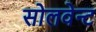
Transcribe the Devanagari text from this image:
सोलवेन्ट